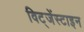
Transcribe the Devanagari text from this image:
विट्जेंस्टाइन